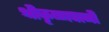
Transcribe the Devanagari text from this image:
श्रीकृष्णपत्नी